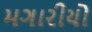
મગારીયો